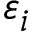
\varepsilon _ { i }